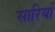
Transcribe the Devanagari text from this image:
सारियों